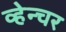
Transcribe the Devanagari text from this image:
व्हेन्चर